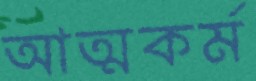
আত্মকর্ম